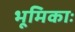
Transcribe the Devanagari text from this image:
भूमिकाः